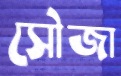
সৌজা